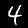
Label: 4